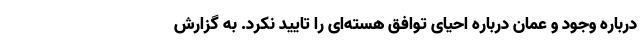
درباره وجود و عمان درباره احیای توافق هسته‌ای را تایید نکرد. به گزارش